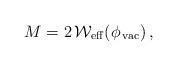
LaTeX: \begin{align*}M=2\,{\cal W}_{\rm eff}(\phi_{\,\rm vac})\,,\end{align*}